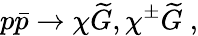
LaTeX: p\bar{p}\to\chi\widetilde G,\chi^{\pm}\widetilde G\ ,